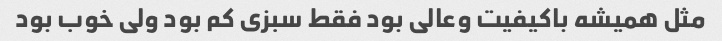
مثل همیشه باکیفیت وعالی بود فقط سبزی کم بود ولی خوب بود